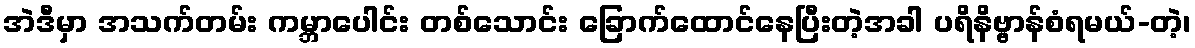
အဲဒီမှာ အသက်တမ်း ကမ္ဘာပေါင်း တစ်သောင်း ခြောက်ထောင်နေပြီးတဲ့အခါ ပရိနိဗ္ဗာန်စံရမယ်-တဲ့၊